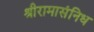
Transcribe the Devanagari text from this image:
श्रीरामासंनिध